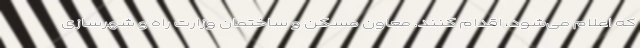
که اعلام می‌شود، اقدام کنند. معاون مسکن و ساختمان وزارت راه و شهرسازی